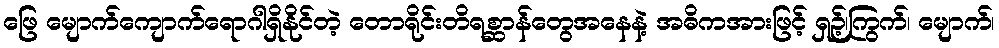
ဖြေ မျောက်ကျောက်ရောဂါရှိနိုင်တဲ့ တောရိုင်းတိရစ္ဆာန်တွေအနေနဲ့ အဓိကအားဖြင့် ရှဉ့်၊ကြွက်၊ မျောက်၊